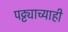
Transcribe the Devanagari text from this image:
पट्ट्याच्याही